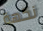
نكهة